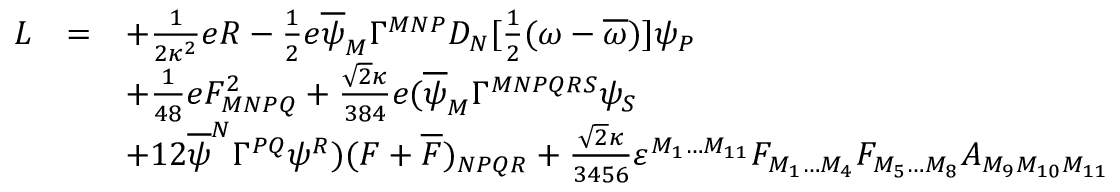
{ \begin{array} { r c l } { L } & { = } & { + { \frac { 1 } { 2 \kappa ^ { 2 } } } e R - { \frac { 1 } { 2 } } e { \overline { { \psi } } } _ { M } \Gamma ^ { M N P } D _ { N } [ { \frac { 1 } { 2 } } ( \omega - { \overline { { \omega } } } ) ] \psi _ { P } } \\ & & { + { \frac { 1 } { 4 8 } } e F _ { M N P Q } ^ { 2 } + { \frac { { \sqrt { 2 } } \kappa } { 3 8 4 } } e ( { \overline { { \psi } } } _ { M } \Gamma ^ { M N P Q R S } \psi _ { S } } \\ & & { + 1 2 { \overline { { \psi } } } ^ { N } \Gamma ^ { P Q } \psi ^ { R } ) ( F + { \overline { { F } } } ) _ { N P Q R } + { \frac { { \sqrt { 2 } } \kappa } { 3 4 5 6 } } \varepsilon ^ { M _ { 1 } \dots M _ { 1 1 } } F _ { M _ { 1 } \dots M _ { 4 } } F _ { M _ { 5 } \dots M _ { 8 } } A _ { M _ { 9 } M _ { 1 0 } M _ { 1 1 } } } \end{array} }